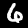
Label: 6